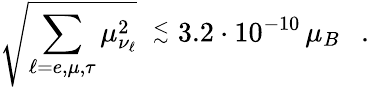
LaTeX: \sqrt{\sum_{\ell=e,\mu,\tau}\mu_{\nu_{\ell}}^{2}}\ \stackrel{<}{_\sim}3.2\cdot 10^{-10}\, \mu_{B}\ \ \ .